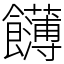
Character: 䭦